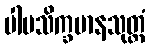
ပါပသိက္ခမာနသုတ္တံ